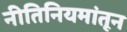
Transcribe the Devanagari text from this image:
नीतिनियमांतून